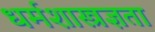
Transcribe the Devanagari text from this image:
धर्मशास्त्रज्ञता